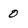
Character: 0